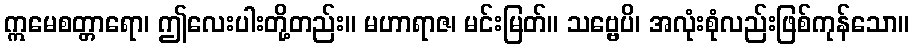
ဣမေစတ္တာရော၊ ဤလေးပါးတို့တည်း။ မဟာရာဇ၊ မင်းမြတ်။ သဗ္ဗေပိ၊ အလုံးစုံလည်းဖြစ်ကုန်သော။